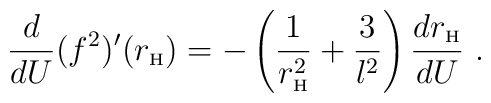
\frac{d}{d U} (f^2)'(r_{\mbox{\tiny H}}) = - \left(\frac{1}{r_{\mbox{\tiny H}}^2} + \frac{3}{l^2}\right)\frac{d r_{\mbox{\tiny H}}}{d U} \ .